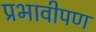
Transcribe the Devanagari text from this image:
प्रभावीपण